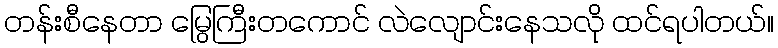
တန်းစီနေတာ မြွေကြီးတကောင် လဲလျောင်းနေသလို ထင်ရပါတယ်။